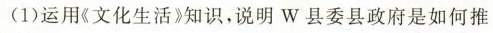
(1)运用《文化生活》知识，说明W县委县政府是如何推